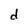
Character: d